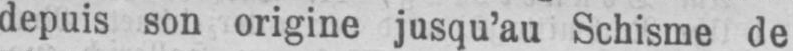
depuis son origine jusqu’au Schisme de